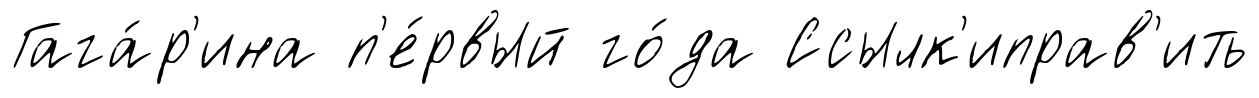
Гага́р'ина п'е́рвый го́да Ссылк'иправ'ить